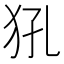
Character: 犼